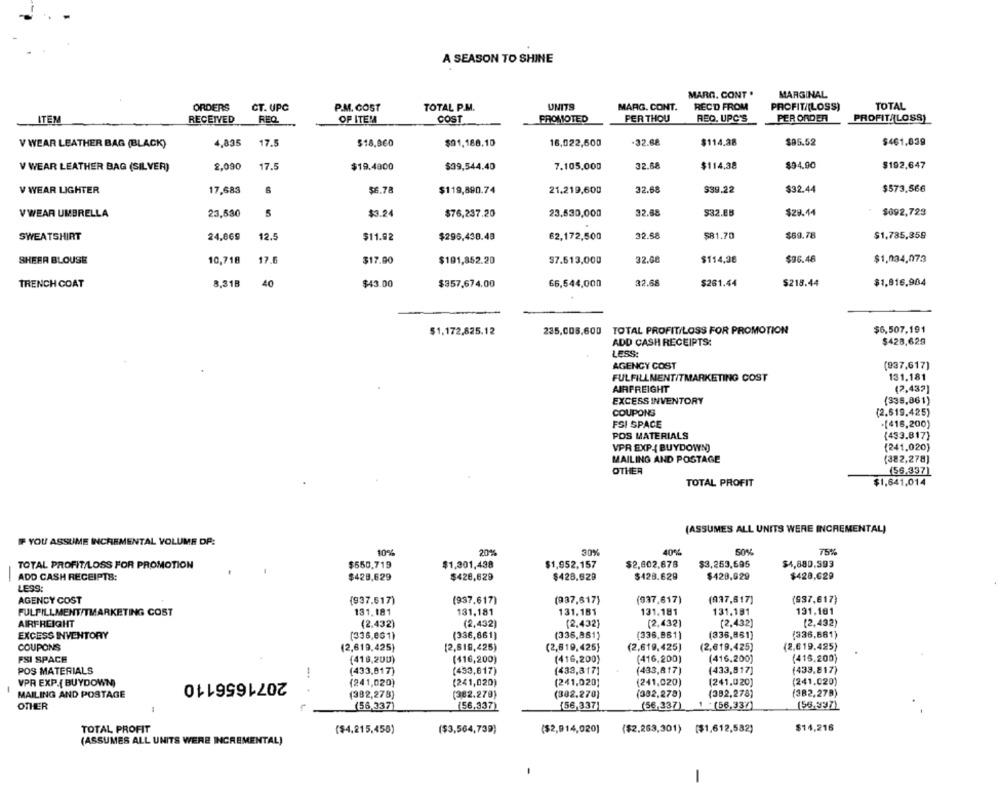
A SEASON TO SHINE
MARG. CONT .
MARGINAL
ORDERS
CT. UPC
P.M. COST
TOTAL P.M.
UNITS
MARG. CONT.
RECO FROM
PROFIT/(LOSS)
TOTAL
ITEM
RECEIVED
REQ
OP ITEM
COST
PROMOTED
PER THOU
REQ. UPC'S
PER ORDER
PROFIT/(LOSS)
V WEAR LEATHER BAG (BLACK)
4,835
17.5
$18.060
$91,188.10
16,022,600
-32.68
$114.88
$85.52
$461,839
V WEAR LEATHER BAG (SILVER)
2,090
17.5
$19,4800
$39,544.40
7.105,000
32.68
$114.38
$94.90
$192,647
V WEAR LIGHTER
17,683
6
$6.78
$119,890.74
21.219,600
32.68
$39.22
$32.44
$573,566
V WEAR UMBRELLA
23,530
5
$3.24
$76,237.20
23.530,000
32.88
$32.8B
$28.44
$092,723
SWEATSHIRT
24,869
12.5
$11.92
$295,438.48
62,172,500
32.58
$81.70
$69.78
$1,785,359
SHEER BLOUSE
10,718
17.6
$17.00
$191,852.20
$7.513,000
32.08
$114,38
$36.46
$1,034,073
TRENCH COAT
8.318
40
$43.00
$357,674.00
66,544,000
32.68
$261.44
$218.44
$1,916,984
$1,172,825.12
235,005,600 TOTAL PROFIT/LOSS FOR PROMOTION
$6,507,191
$428,629
ADD CASH RECEIPTS:
LESS
AGENCY COST
(937,617)
FULFILLMENT/TMARKETING COST
131.181
AIRFREIGHT
(2,432]
EXCESS INVENTORY
(335,861)
COUPONS
(2.619.425)
FSI SPACE
.[416,200)
POS MATERIALS
(433.817)
VPR EXP ( BUYDOWN)
(241.020)
MAILING AND POSTAGE
(382,278)
OTHER
(56.337)
TOTAL PROFIT
$1,641,014
(ASSUMES ALL UNITS WERE INCREMENTAL)
IF YOU ASSUME INCREMENTAL VOLUME DF:
10%
20%
30%
40%
50%
75%
TOTAL PROFIT/LOSS FOR PROMOTION
$650.719
$1,301,438
$1,952.157
$2,802,678
$3,253,695
$4,880,593
ADD CASH RECEIPTS:
-
$428,629
$428,629
$428.629
$428.629
$429.029
$428.629
LESS
AGENCY COST
(937.617)
(937.617)
(937.617)
(037.617)
(937,617)
(937.617)
FULFILLMENT/TMARKETING COST
131.181
131,181
131.181
131.181
131.191
131,101
AIRFREIGHT
(2.432)
(2,432)
(2,432)
(2,432)
(2,432)
(2,432)
(336,861)
(336,881)
(338,861)
(336,661)
EXCESS INVENTORY
(336,861)
(336,861)
COUPONS
(2,619,425)
(2,619,425)
(2,619,425)
(2,619,425)
(2,619,425)
(2,619.425)
FSI SPACE
(416,200)
(416,200)
(415.200)
(416,200)
(116,200)
(416,200)
POS MATERIALS
(433,817)
(453,817)
(433,817]
(433,817)
(433,817]
(433.817)
2071656110
-.
(241,020)
(241.020)
VPR EXP.[ BUYDOWN)
(241,020)
(241,020)
(241,020)
(241,020)
MAILING AND POSTAGE
(382,278)
(382.279)
(302.270)
(382,278)
(352,278)
(382.27B)
(56,337)
(56,337)
1 .(56,33%)
(56.997)
OTHER
(56,337)
(56,337)
TOTAL PROFIT
$14,216
($4.215,456)
($3,564,739)
($2,914,020)
($2.263,301) ($1,612,582)
(ASSUMES ALL UNITS WERE INCREMENTAL)
-